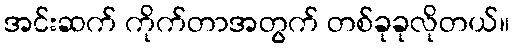
အင်းဆက် ကိုက်တာအတွက် တစ်ခုခုလိုတယ်။